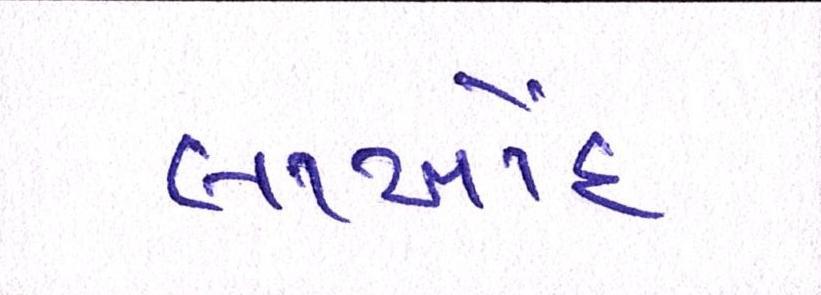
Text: લાખોંદ